Lunatic asylums Bombay report 1878-1890 - 1878-1890
Year: 1878
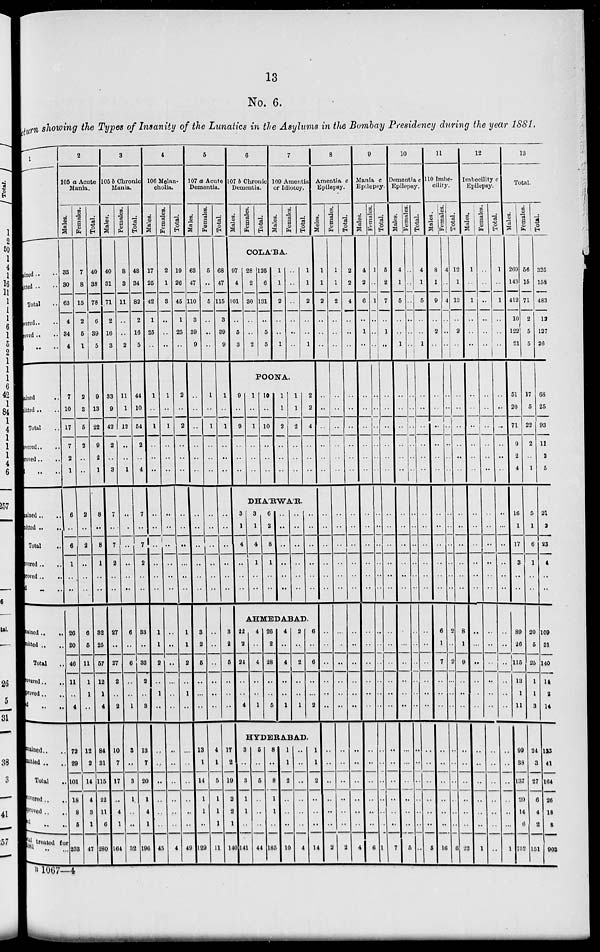
13
No. 6.
Return showing the Types of Insanity of the Lunatics in the Asylums in the Bombay Presidency during the year 1881.
1
lined .. ..
itted .. ..
Total ..
vered .. ..
roved .. ..
.. ....
ained .. ..
itted .. ..
Total ..
vered .. ..
roved .. ..
.. ..
ained .. ..
mitted .. ..
Total ..
overed .. ..
proved .. ..
d. .. ..
ained
..
..
nitted .. ..
Total ..
overed .. ..
proved .. ..
d .. ..
mained .. ..
mitted .. ..
Total ..
covered .. ..
proved .. ..
ed .. ..
tal treated for
1881 ... ...
2
105 a Acute
Mania.
Males.
33
30
63
4
34
4
7
10
17
7
2
1
6
..
6
1
..
..
26
20
46
11
..
4
72
29
101
18
8
5
238
Females.
7
8
15
2
5
1
2
3
5
2
..
..
2
..
2
..
..
..
6
5
11
1
1
..
12
2
14
4
3
1
47
Total.
40
38
78
6
39
5
9
13
22
9
2
1
8
..
8
1
..
..
32
25
57
12
1
4
84
31
115
22
11
6
280
3
105 b Chronic
Mania.
Males.
40
31
71
2
16
3
33
9
42
2
..
3
7
..
7
2
..
..
27
..
27
2
..
2
10
7
17
..
4
1
164
Females.
8
3
11
..
..
2
11
1
12
..
..
1
..
..
..
..
..
..
6
..
6
..
..
1
3
..
3
1
..
..
32
Total.
48
34
82
2
16
5
44
10
54
2
..
4
7
..
7
2
..
..
33
..
33
2
..
3
13
7
20
1
4
1
196
4
106 Melan-
cholia.
Males.
17
25
42
1
25
..
1
..
1
..
..
..
..
..
..
..
..
..
1
1
2
..
1
..
..
..
..
..
..
..
45
Females.
2
1
3
..
..
..
1
..
1
..
..
..
..
..
..
..
..
..
..
..
..
..
...
..
..
..
..
..
..
..
4
Total.
19
26
45
1
25
..
2
..
2
..
..
..
..
..
..
..
..
..
1
1
2
..
1
..
..
..
..
..
..
..
49
5
107 a Acute
Dementia.
Males.
63
47
110
3
39
9
..
..
..
..
..
..
..
..
..
..
..
..
3
2
5
..
..
..
13
1
14
1
1
129
Females.
5
..
5
..
..
..
1
..
1
..
..
..
..
..
..
..
..
..
..
..
..
..
..
..
4
1
5
1
1
1
11
Total.
68
47
115
3
39
9
1
..
1
..
..
..
..
..
..
..
..
..
3
2
5
..
..
..
17
2
19
2
2
1
140
6
107 b Chronic
Dementia.
Males.
Females.
Total.
7
100 Amentia
or Idiotcy.
Males.
Females.
Total.
COLA'BA.
97
4
101
..
5
3
28 1
2
30
..
..
2
25
6
31
..
5
5
1
1
2
..
..
1
..
..
..
..
..
..
1
1
2
..
..
1
POONA.
9
..
9
..
..
..
2
1
4
..
..
..
1
..
1
..
..
..
10
..
10
..
..
..
1
1
2
..
..
..
1
1
2
..
..
..
2
2
4
..
..
..
8
Amentia c
Epilepsy.
Meles.
1
1
2
..
..
..
..
..
..
..
..
..
DHA'RWA'R.
3
1
4
1
..
..
6
2
8
1
..
..
..
..
..
..
..
..
..
..
..
..
..
..
..
..
..
..
..
..
AHMEDABAD.
22
2
24
..
..
4
3
..
3
1
1
..
141
4
..
4
..
..
1
26
2
28
..
..
5
4
..
4
..
..
1
2
..
2
..
..
1
6
..
6
..
..
2
..
..
..
..
..
..
..
..
..
..
..
..
HYDERABAD.
5
..
5
..
..
..
44
8
..
8
1
1
..
185
1
1
2
..
..
..
10
..
..
..
..
..
..
4
1
1
2
..
..
..
14
..
..
..
..
..
..
2
Females.
1
1
2
..
..
..
..
..
..
..
..
..
..
..
..
..
..
..
..
..
..
..
..
..
..
..
..
..
..
..
2
Total.
2
2
4
..
..
..
..
..
..
..
..
..
..
..
..
..
..
..
..
..
..
..
..
..
..
..
..
..
..
..
4
9
Mania c
Epilepsy.
Males.
4
2
6
..
1
..
..
..
..
..
..
..
..
..
..
..
..
..
..
..
..
..
..
..
..
..
..
..
..
..
6
Females.
1
..
1
..
..
..
..
..
..
..
..
..
..
..
..
..
..
..
..
..
..
..
..
..
..
..
..
..
..
..
1
Total.
5
2
7
..
1
..
..
..
..
..
..
..
..
..
..
..
..
..
..
..
..
..
..
..
..
..
..
..
..
..
7
10
Dementia c
Epilepsy.
Males.
4
1
5
..
..
1
..
..
..
..
..
..
..
..
..
..
..
..
..
..
..
..
..
..
..
..
..
..
..
..
5
Females.
..
..
..
..
..
..
..
..
..
..
..
..
..
..
..
..
..
..
..
..
..
..
..
..
..
..
..
..
..
..
..
Total.
4
1
5
..
..
1
..
..
..
..
..
..
..
..
..
..
..
..
..
..
..
..
..
..
..
..
..
..
..
..
5
11
110 Imbe-
cility.
Males.
8
1
9
..
2
..
..
..
..
..
..
..
..
..
..
..
..
..
6
1
7
..
..
..
..
..
..
..
..
..
16
Females.
4
..
4
..
..
..
..
..
..
..
..
..
..
..
..
..
..
..
2
..
2
..
..
..
..
..
..
..
..
..
6
Total.
12
1
13
..
2
..
..
..
..
..
..
..
..
..
..
..
..
..
8
1
9
..
..
..
..
..
..
..
..
..
22
12
Imbecility c
Epilepsy.
Males.
1
..
1
..
..
..
..
..
..
..
..
..
..
..
..
..
..
..
..
..
..
..
..
..
..
..
..
..
..
..
1
Females.
..
..
..
..
..
..
..
..
..
..
..
..
..
..
..
..
..
..
..
..
..
..
..
..
..
..
..
..
..
..
..
Total.
1
..
1
..
..
..
..
..
..
..
..
..
..
..
..
..
..
..
..
..
..
..
..
..
..
..
..
..
..
..
1
13
Total.
Males.
269
143
412
10
122
21
51
20
71
9
2
4
15
1
17
3
..
..
80
26
115
13
1
11
99
38
137
20
14
3
752
Females.
56
15
71
2
5
5
17
5
22
2
..
1
5
1
6
1
..
..
20
5
25
1
1
3
24
3
27
6
4
2
151
Total.
325
153
483
12
127
26
68
25
93
11
2
5
21
2
23
4
..
..
109
31
140
14
2
14
123
41
164
26
18
8
903
B 1067 –4